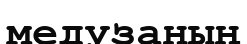
медузаның